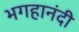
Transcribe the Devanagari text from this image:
भगहानंदी